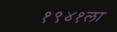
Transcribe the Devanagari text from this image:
१९४१ला